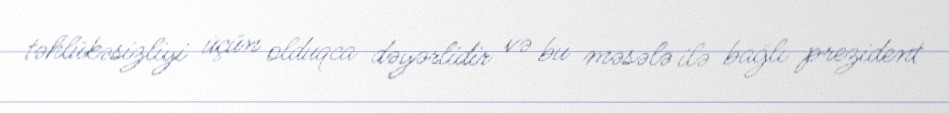
təhlükəsizliyi üçün olduqca dəyərlidir və bu məsələ ilə bağlı prezident